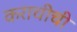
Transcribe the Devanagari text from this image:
कराचीची